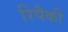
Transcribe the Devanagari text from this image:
रिपैकी